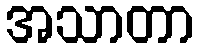
အသာတာ